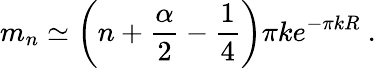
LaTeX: m_{n}\simeq\left(n+\frac{\alpha}{2}-\frac{1}{4}\right)\pi ke^{-\pi kR}~.